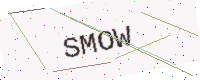
Text: SMOW